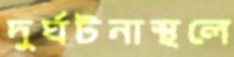
দুর্ঘটনাস্থলে